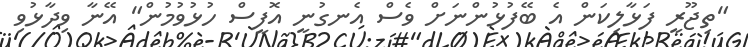
"ތިޖޫރީ ފަޅާލިކަން އެ ބޭފުޅުންނަށް ވެސް އެނގުނީ އޮފީސް ހުޅުވުމުން" އޭނާ ވިދާޅުވި